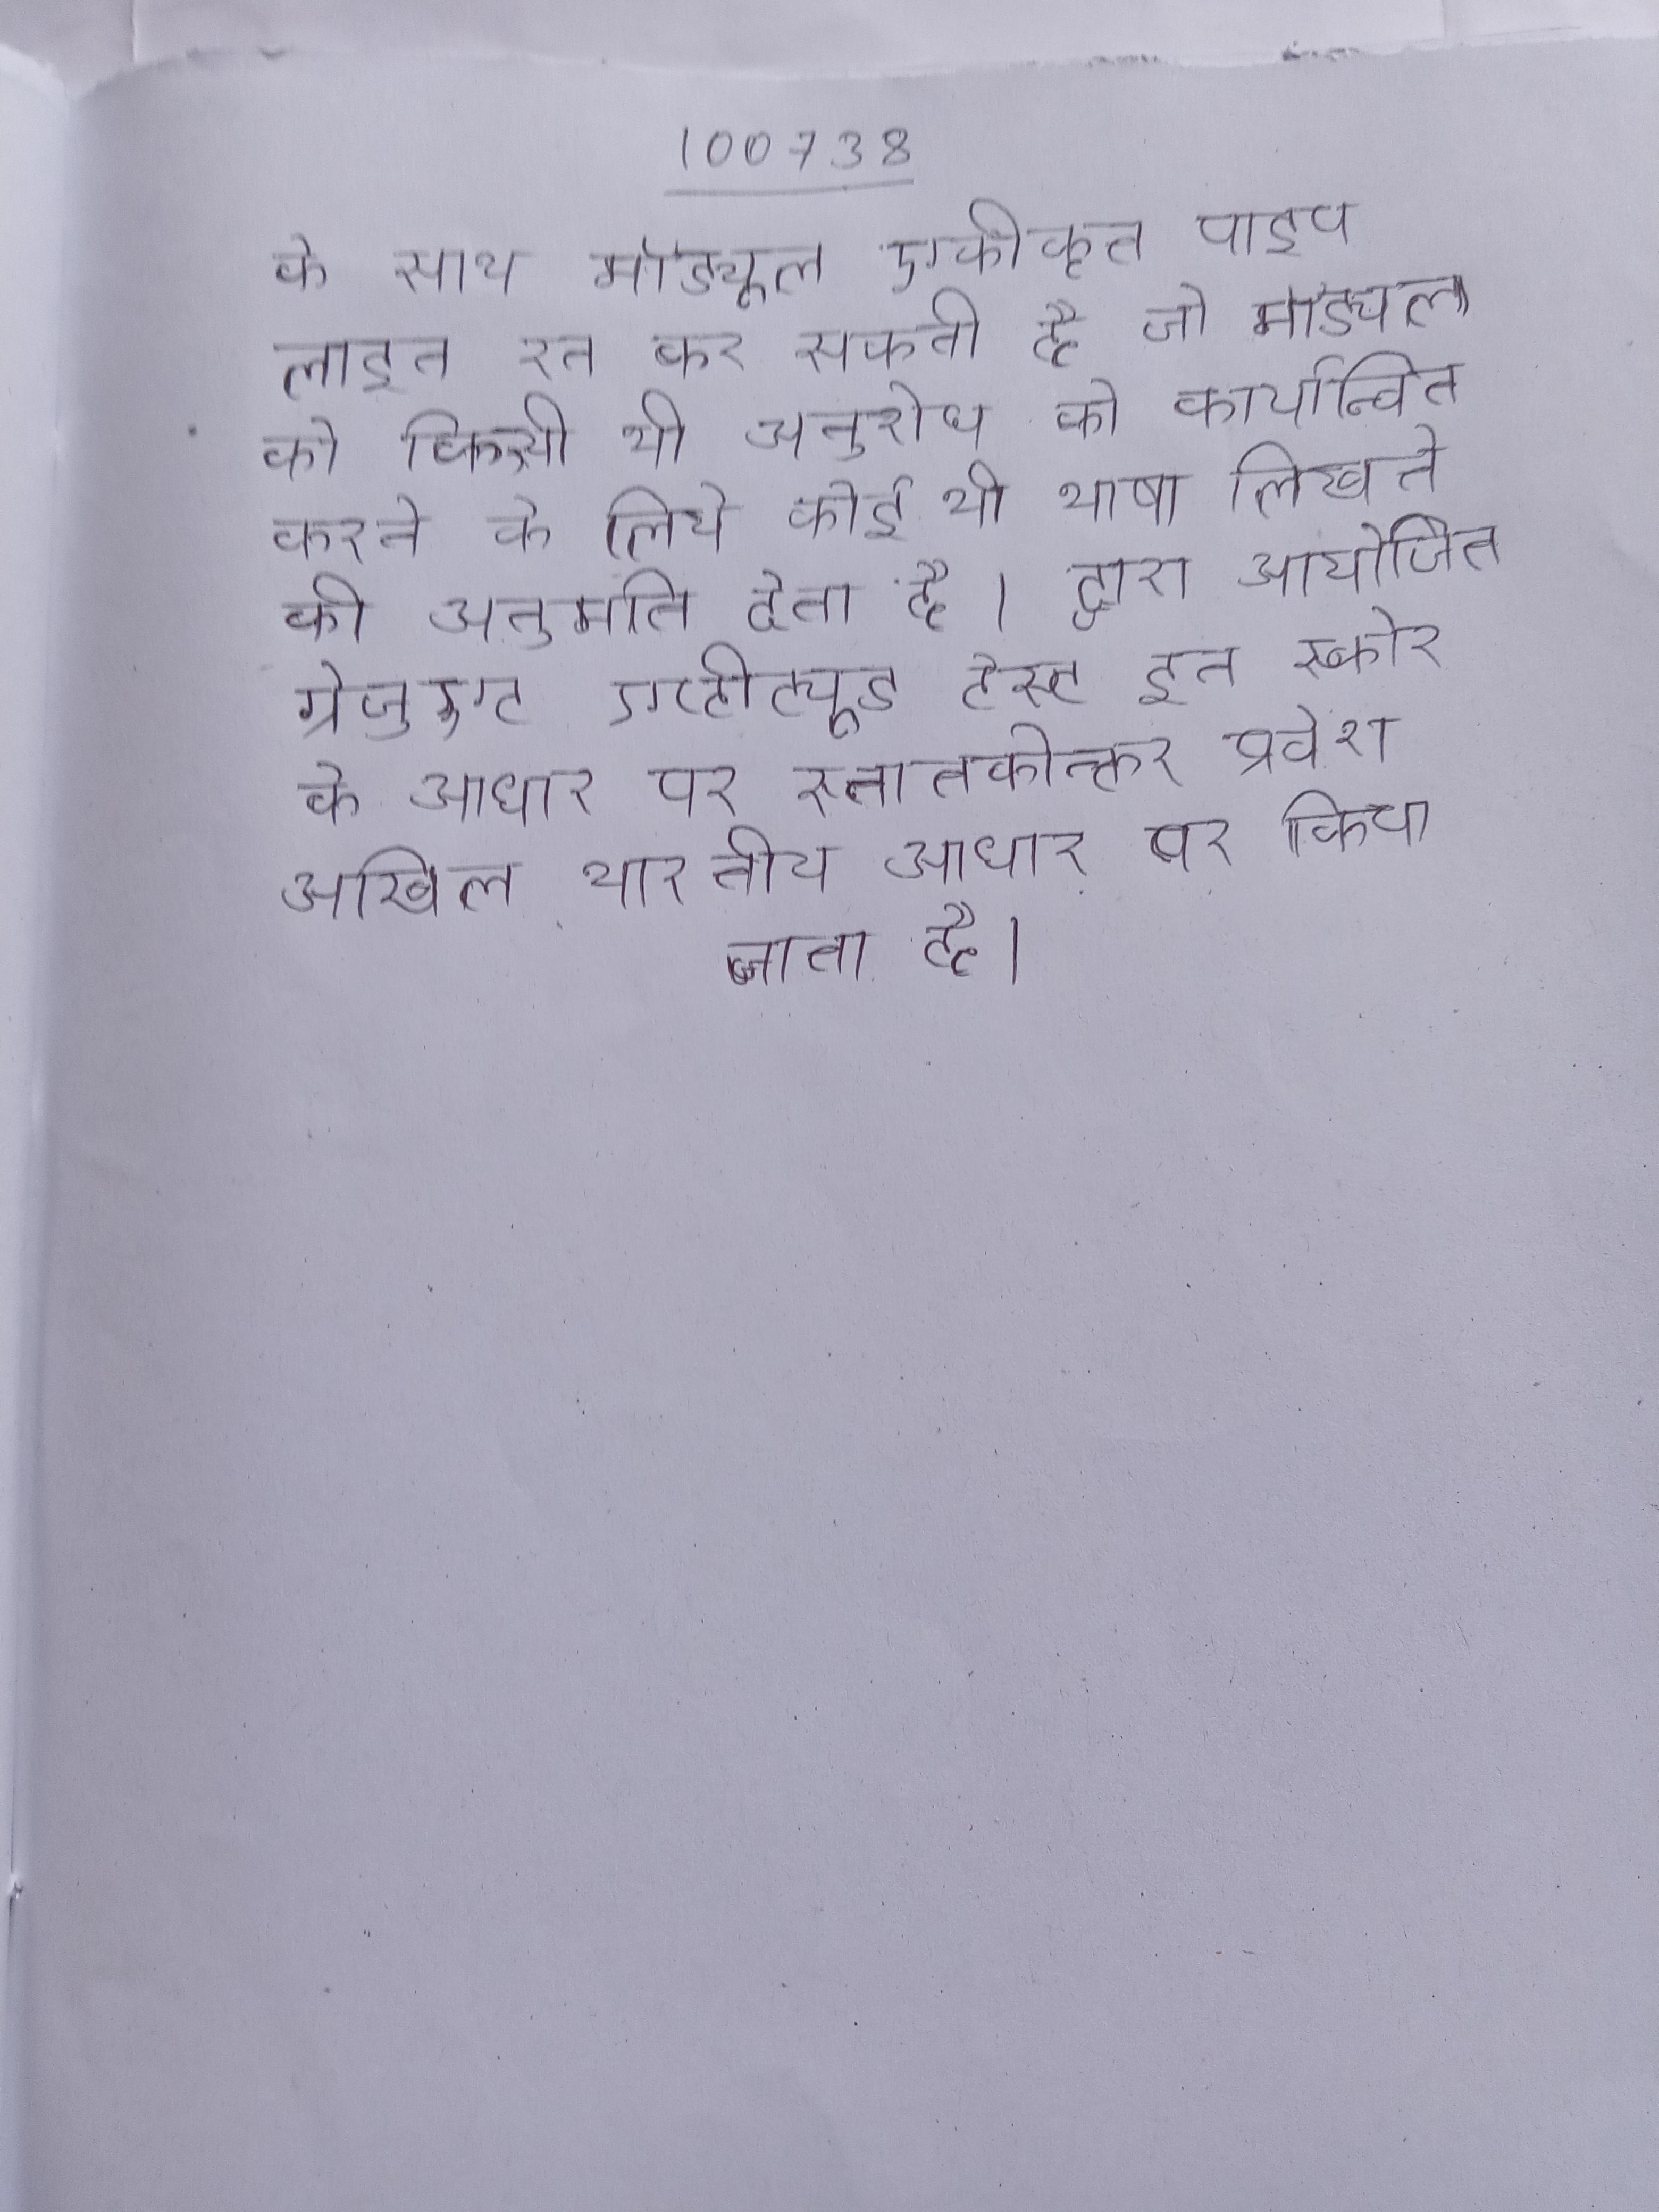
के साथ मॉड्यूल एकीकृत पाइप लाइन रन कर सकती है जो मॉड्यूल को किसी भी अनुरोध को कार्यान्वित करने के लिये कोई भी भाषा लिखने की अनुमति देता है । द्वारा आयोजित ग्रेजुएट एप्टीट्यूड टेस्ट इन स्कोर के आधार पर स्नातकोत्तर प्रवेश अखिल भारतीय आधार पर किया जाता है ।